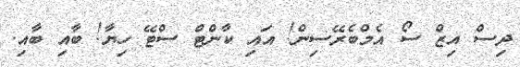
ދިސް އިޒް ސޯ އެމްބެރޭސިން! އައި ކާންޓް ސްޓޭ ހިޔާ! ބާއި ބާއި.